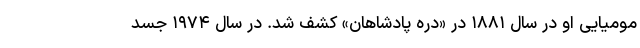
مومیایی او در سال ۱۸۸۱ در «دره پادشاهان» کشف شد. در سال ۱۹۷۴ جسد